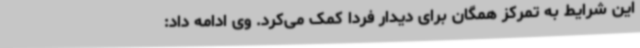
این شرایط به تمرکز همگان برای دیدار فردا کمک می‌کرد. وی ادامه داد: